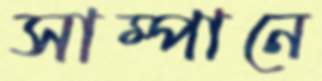
সাম্পানে